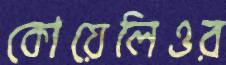
কোয়েলিওর